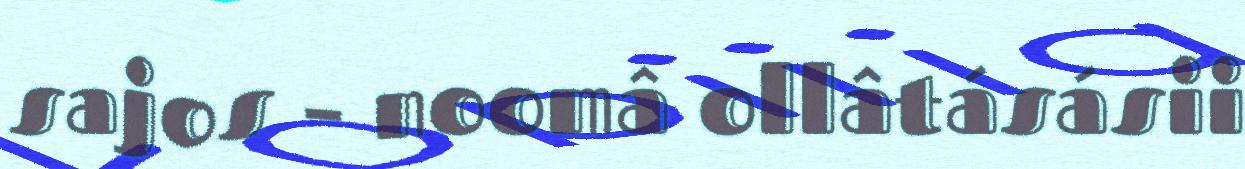
sajos – noomâ ollâtásásii